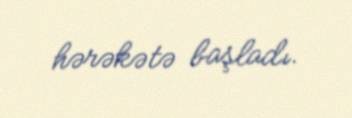
hərəkətə başladı.